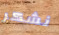
نشكر